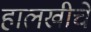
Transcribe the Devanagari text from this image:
हालखीचे